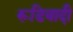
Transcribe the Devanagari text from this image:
रूडिवादी